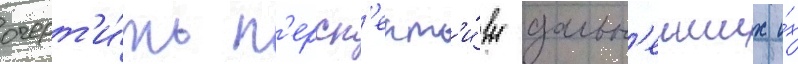
очерт'и́ть п'ерсп'ект'и́вы дальн'еиших и́х